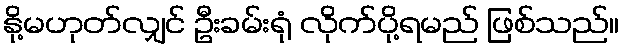
နို့မဟုတ်လျှင် ဦးခမ်းရုံ လိုက်ပို့ရမည် ဖြစ်သည်။